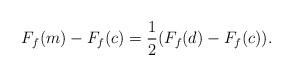
LaTeX: \begin{align*}F_f(m)-F_f(c)=\frac12(F_f(d)-F_f(c)).\end{align*}